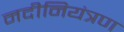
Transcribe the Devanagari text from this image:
नदीनियंत्रण